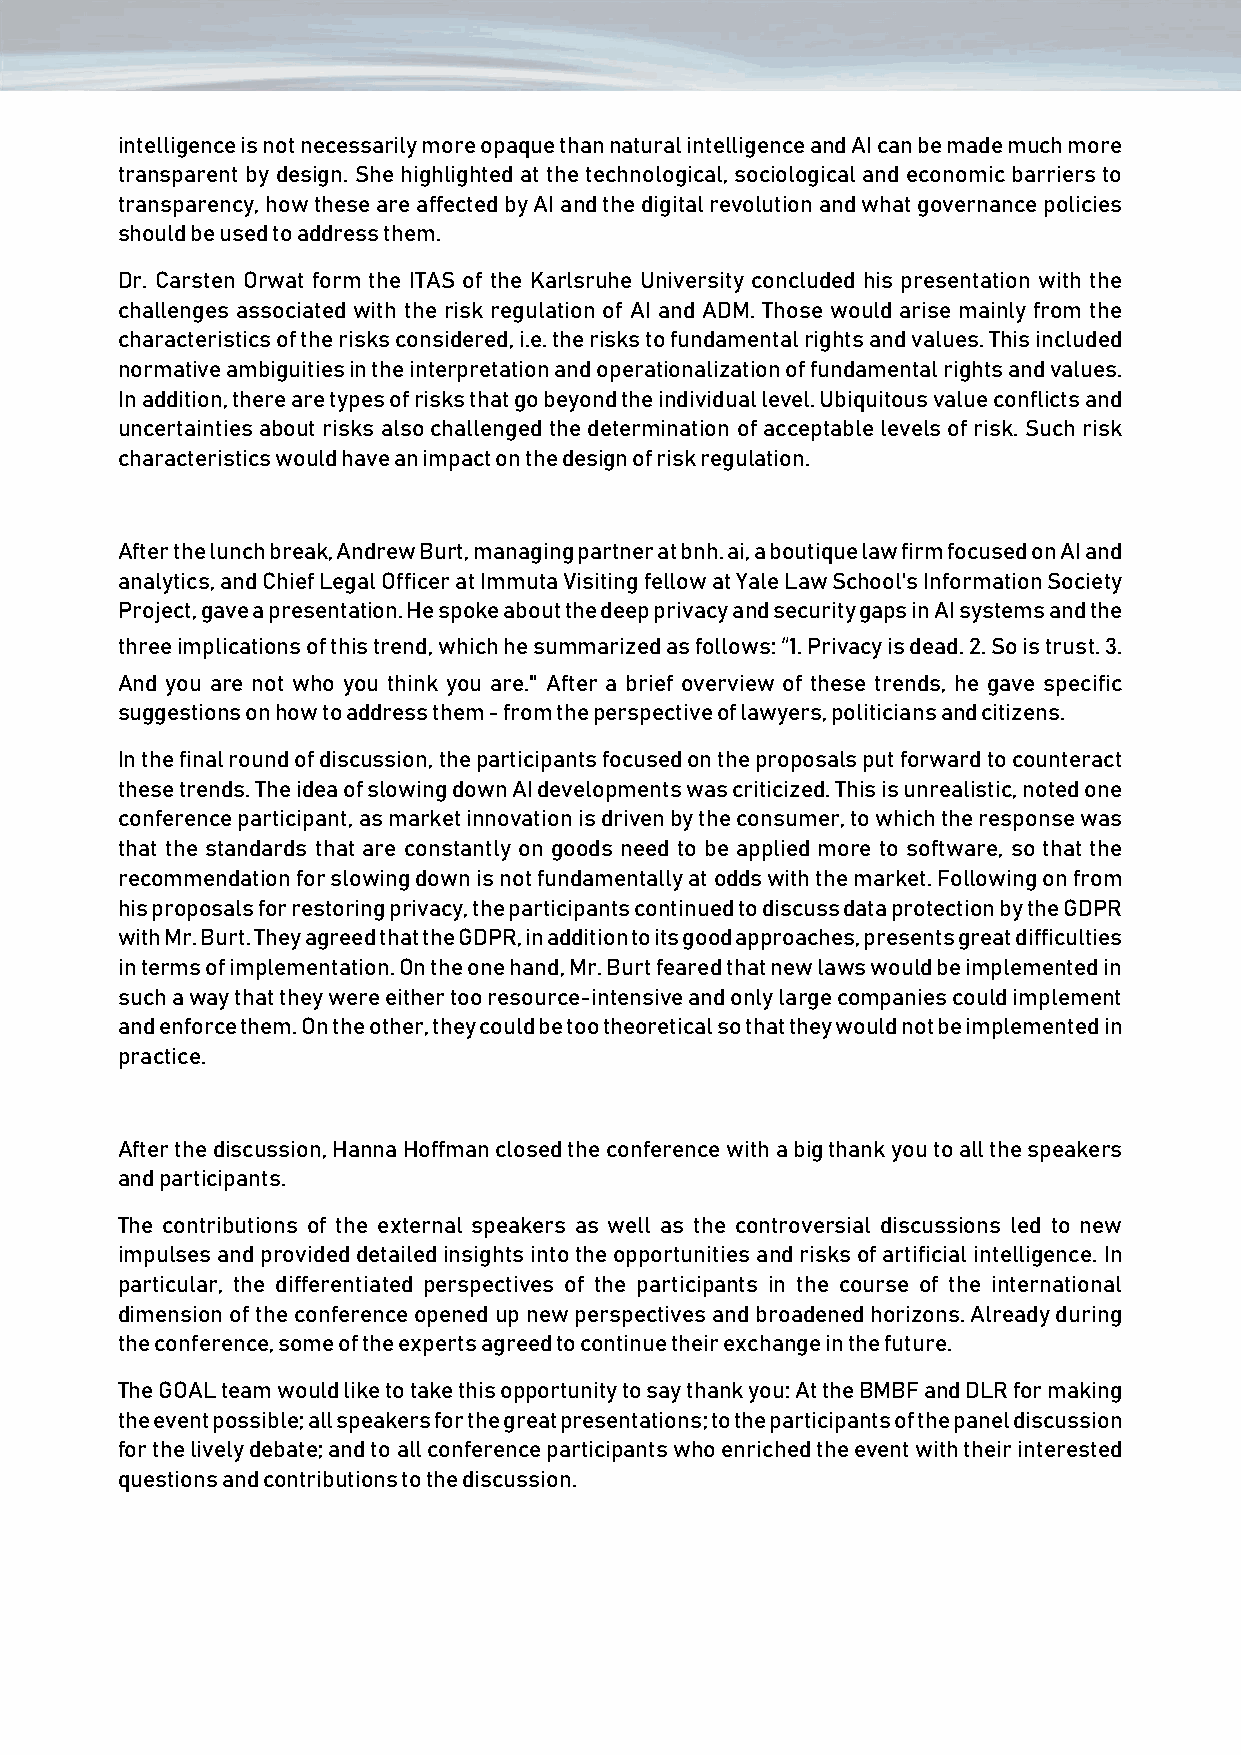
intelligence is not necessarily more opaque than natural intelligence and AI can be made much more
 transparent by design. She highlighted at the technological, sociological and economic barriers to
 transparency, how these are affected by AI and the digital revolution and what governance policies
 should be used to address them.
 Dr. Carsten Orwat form the ITAS of the Karlsruhe University concluded his presentation with the
 challenges associated with the risk regulation of AI and ADM. Those would arise mainly from the
 characteristics of the risks considered, i.e. the risks to fundamental rights and values. This included
 normative ambiguities in the interpretation and operationalization of fundamental rights and values.
 In addition, there are types of risks that go beyond the individual level. Ubiquitous value conflicts and
 uncertainties about risks also challenged the determination of acceptable levels of risk. Such risk
 characteristics would have an impact on the design of risk regulation.
 After the lunch break, Andrew Burt, managing partner at bnh. ai, a boutique law firm focused on AI and
 analytics, and Chief Legal Officer at Immuta Visiting fellow at Yale Law School's Information Society
 Project, gave a presentation. He spoke about the deep privacy and security gaps in AI systems and the
 three implications of this trend, which he summarized as follows: “1. Privacy is dead. 2. So is trust. 3.
 And you are not who you think you are." After a brief overview of these trends, he gave specific
 suggestions on how to address them - from the perspective of lawyers, politicians and citizens.
 In the final round of discussion, the participants focused on the proposals put forward to counteract
 these trends. The idea of slowing down AI developments was criticized. This is unrealistic, noted one
 conference participant, as market innovation is driven by the consumer, to which the response was
 that the standards that are constantly on goods need to be applied more to software, so that the
 recommendation for slowing down is not fundamentally at odds with the market. Following on from
 his proposals for restoring privacy, the participants continued to discuss data protection by the GDPR
 with Mr. Burt. They agreed that the GDPR, in addition to its good approaches, presents great difficulties
 in terms of implementation. On the one hand, Mr. Burt feared that new laws would be implemented in
 such a way that they were either too resource-intensive and only large companies could implement
 and enforce them. On the other, they could be too theoretical so that they would not be implemented in
 practice.
 After the discussion, Hanna Hoffman closed the conference with a big thank you to all the speakers
 and participants.
 The contributions of the external speakers as well as the controversial discussions led to new
 impulses and provided detailed insights into the opportunities and risks of artificial intelligence. In
 particular, the differentiated perspectives of the participants in the course of the international
 dimension of the conference opened up new perspectives and broadened horizons. Already during
 the conference, some of the experts agreed to continue their exchange in the future.
 The GOAL team would like to take this opportunity to say thank you: At the BMBF and DLR for making
 the event possible; all speakers for the great presentations; to the participants of the panel discussion
 for the lively debate; and to all conference participants who enriched the event with their interested
 questions and contributions to the discussion.